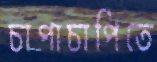
চাপাচাপিতে